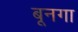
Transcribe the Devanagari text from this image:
बूनगा